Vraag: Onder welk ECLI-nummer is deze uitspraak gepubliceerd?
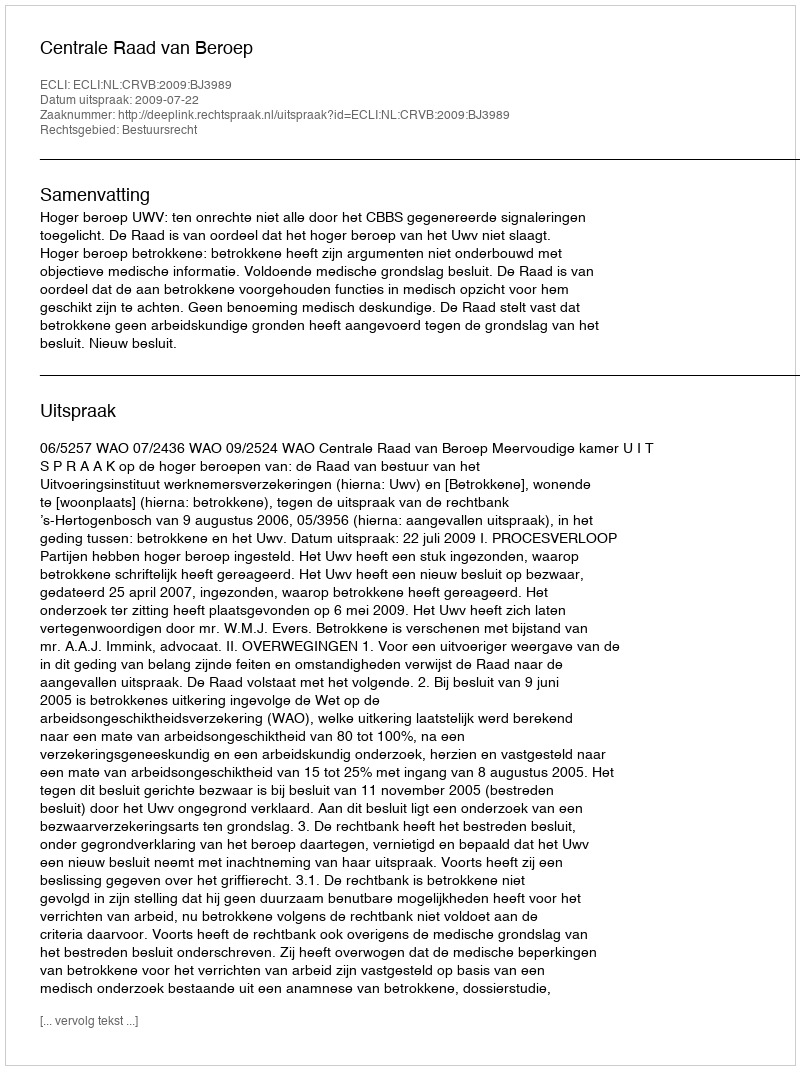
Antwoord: ECLI:NL:CRVB:2009:BJ3989